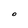
Character: O